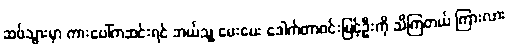
ဆပ်သွားမှာ ကားပေါ်ကဆင်းရင် ဘယ်သူ့ မေးမေး ဒေါက်တာဝင်းမြင့်ဦးကို သိကြတယ် ကြားလား